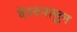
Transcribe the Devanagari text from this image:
वेस्टपासुन